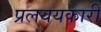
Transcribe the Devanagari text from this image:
प्रलययकारी